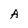
Character: A